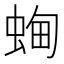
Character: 蜔